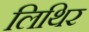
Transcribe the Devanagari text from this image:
लिथिर